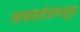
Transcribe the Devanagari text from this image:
खानसाहेबांपासून